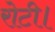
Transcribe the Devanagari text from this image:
रोटी।